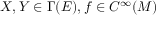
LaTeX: X , Y \in \Gamma ( E ) , f \in C ^ { \infty } ( M )